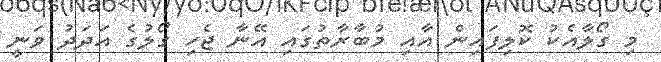
މި ގޯލާއެކު ކޮލިފައިން އާއި މުބާރާތުގައި އޭނާ ޖެހި ގޯލުގެ އަދަދު ވަނީ